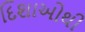
દિશાઓથી